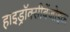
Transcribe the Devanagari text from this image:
हाइड्रॉक्सीबेंजोइक